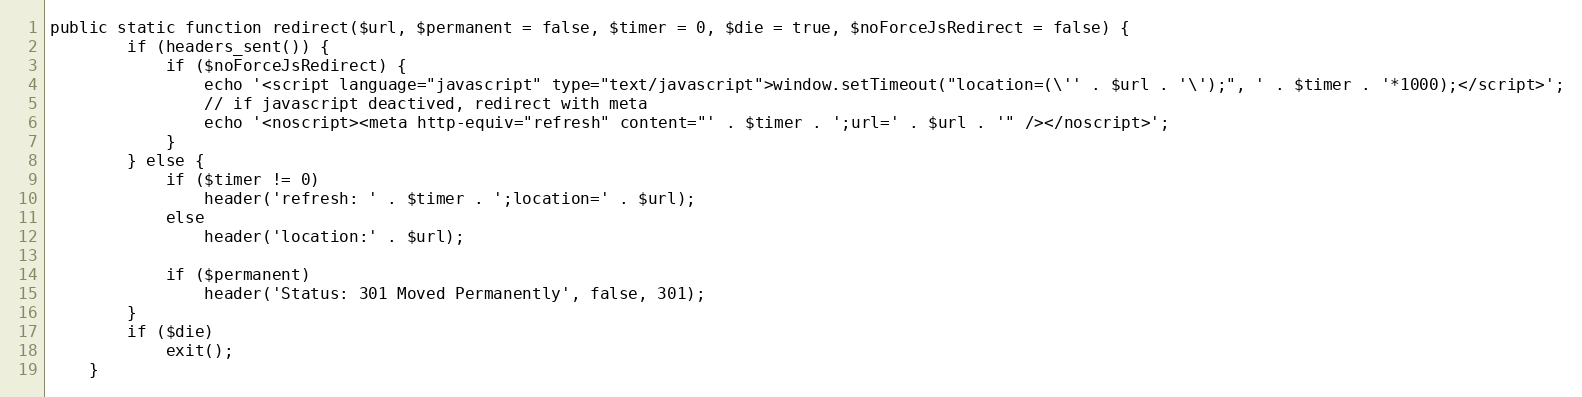
Language: PHP
public static function redirect($url, $permanent = false, $timer = 0, $die = true, $noForceJsRedirect = false) {
        if (headers_sent()) {
            if ($noForceJsRedirect) {
                echo '<script language="javascript" type="text/javascript">window.setTimeout("location=(\'' . $url . '\');", ' . $timer . '*1000);</script>';
                // if javascript deactived, redirect with meta
                echo '<noscript><meta http-equiv="refresh" content="' . $timer . ';url=' . $url . '" /></noscript>';
            }
        } else {
            if ($timer != 0)
                header('refresh: ' . $timer . ';location=' . $url);
            else
                header('location:' . $url);

            if ($permanent)
                header('Status: 301 Moved Permanently', false, 301);
        }
        if ($die)
            exit();
    }